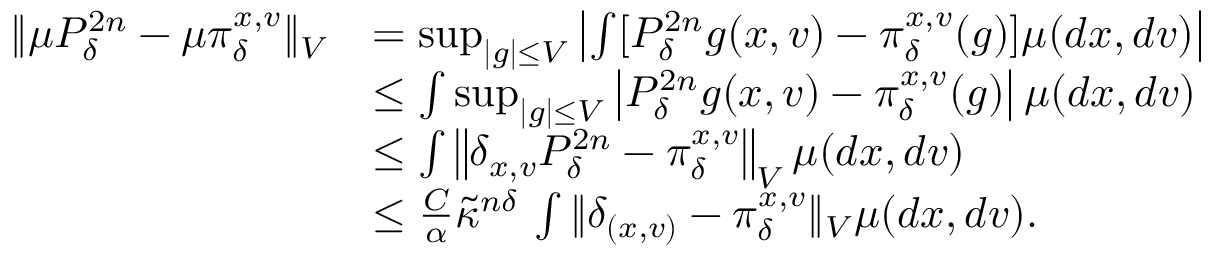
\begin{array} { r l } { \| \mu P _ { \delta } ^ { 2 n } - \mu \pi _ { \delta } ^ { x , v } \| _ { V } } & { = \operatorname* { s u p } _ { \lvert g \rvert \leq V } \left\lvert \int [ P _ { \delta } ^ { 2 n } g ( x , v ) - \pi _ { \delta } ^ { x , v } ( g ) ] \mu ( d x , d v ) \right\rvert } \\ & { \leq \int \operatorname* { s u p } _ { \lvert g \rvert \leq V } \left\lvert P _ { \delta } ^ { 2 n } g ( x , v ) - \pi _ { \delta } ^ { x , v } ( g ) \right\rvert \mu ( d x , d v ) } \\ & { \leq \int \left\lVert \delta _ { x , v } P _ { \delta } ^ { 2 n } - \pi _ { \delta } ^ { x , v } \right\rVert _ { V } \mu ( d x , d v ) } \\ & { \leq \frac { C } { \alpha } \tilde { \kappa } ^ { n \delta } \, \int \| \delta _ { ( x , v ) } - \pi _ { \delta } ^ { x , v } \| _ { V } \mu ( d x , d v ) . } \end{array}